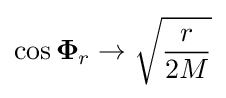
\cos {\boldsymbol {\Phi }}_{r}\rightarrow {\sqrt {\frac {r}{2M}}}\,\!